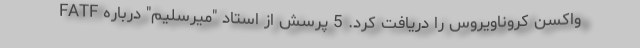
واکسن کروناویروس را دریافت کرد. 5 پرسش از استاد "میرسلیم" درباره FATF